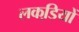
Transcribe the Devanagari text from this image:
लकडि़यों